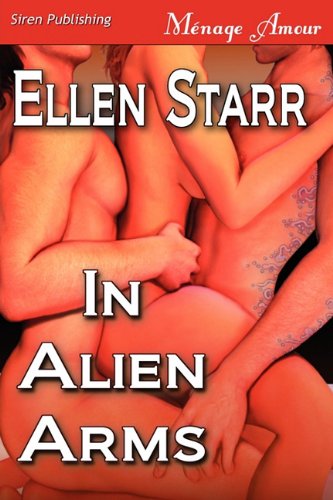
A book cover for In Alien Arms (Siren Publishing Menage Amour); Ellen Starr; Romance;